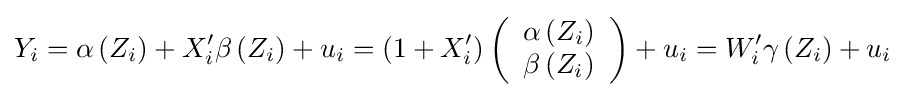
Y_{i}=\alpha \left(Z_{i}\right)+X'_{i}\beta \left(Z_{i}\right)+u_{i}=\left(1+X'_{i}\right)\left({\begin{array}{c}\alpha \left(Z_{i}\right)\\\beta \left(Z_{i}\right)\end{array}}\right)+u_{i}=W'_{i}\gamma \left(Z_{i}\right)+u_{i}